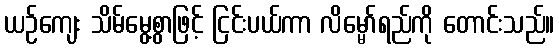
ယဉ်ကျေး သိမ်မွေ့စွာဖြင့် ငြင်းပယ်ကာ လိမ္မော်ရည်ကို တောင်းသည်။